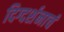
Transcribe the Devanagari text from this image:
दिग्दर्शनाचं